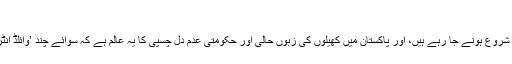
‘‘
واضح رہے کہ برازیل کے شہر ریو ڈی جنیرو میں پانچ اگست سے اولمپک مقابلے شروع ہونے جا رہے ہیں، اور پاکستان میں کھیلوں کی زبوں حالی اور حکومتی عدم دل چسپی کا یہ عالم ہے کہ سوائے چند ’وائلڈ انٹریز‘ کے کوئی بھی پاکستانی ایتھلیٹ ان مقابلوں کے لیے کوالیفائی نہیں کر سکا ہے۔